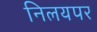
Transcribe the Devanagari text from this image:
निलयपर